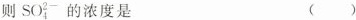
则SO_{4}^{2-}的浓度是 ()